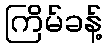
ကြိမ်ခန့်